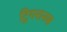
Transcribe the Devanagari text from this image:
ट्रिगरानस